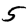
Digit: 5